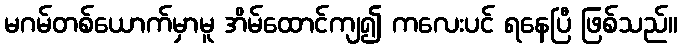
မဂမ်တစ်ယောက်မှာမူ အိမ်ထောင်ကျ၍ ကလေးပင် ရနေပြီ ဖြစ်သည်။